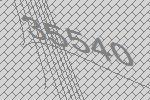
35540